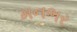
મનભર